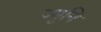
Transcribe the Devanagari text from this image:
ज्यूनि